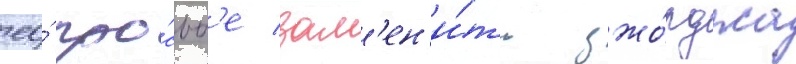
ео́ про́сьб'е зам'ен'и́ть джо́рджа